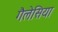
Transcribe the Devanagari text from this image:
गैलेसिया